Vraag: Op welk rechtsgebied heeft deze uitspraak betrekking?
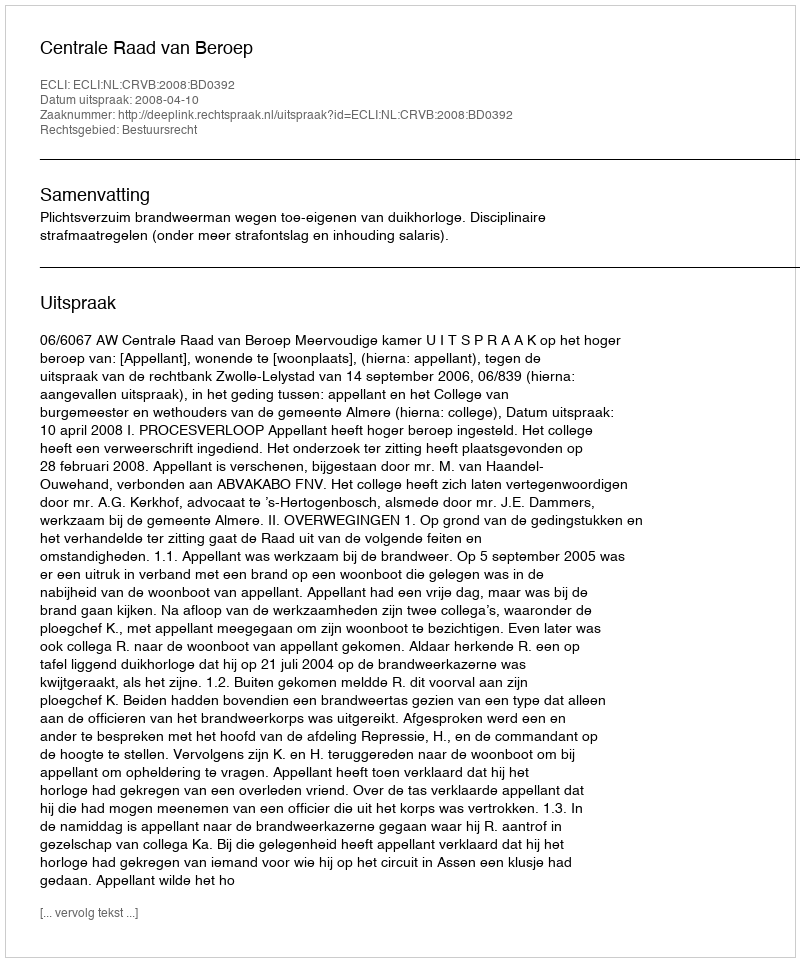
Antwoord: Bestuursrecht